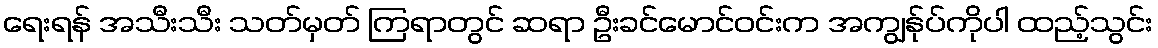
ရေးရန် အသီးသီး သတ်မှတ် ကြရာတွင် ဆရာ ဦးခင်မောင်ဝင်းက အကျွန်ုပ်ကိုပါ ထည့်သွင်း